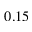
0 . 1 5